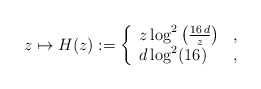
\begin{align*}z\mapsto H(z):=\left\{\begin{array}{ll}z \log^2\left(\frac{16\,d}{z}\right) & ,\\d\log^2(16)& ,\\\end{array}\right.\end{align*}